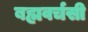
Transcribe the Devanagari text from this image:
बह्मवर्चसी